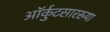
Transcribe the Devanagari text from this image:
ऑर्कुटसारख्या